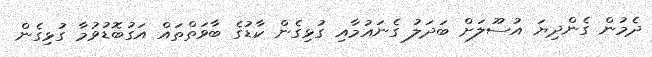
ދެމުން ގެންދިޔަ އުސޫލަށް ބަދަލު ގެނައުމާއި ގުޅިގެން ކާޑުގެ ބާވަތްތައް އަގުބޮޑުވުމާ ގުޅިގެން